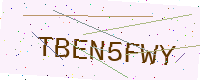
Text: TBEN5FWY